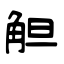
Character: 觛